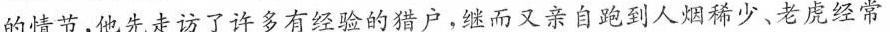
的情节，他先走访了许多有经验的猎户，继而又亲自跑到人烟稀少、老虎经常